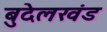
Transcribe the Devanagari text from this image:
बुदेलखंड